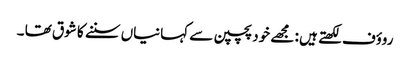
روؤف لکھتے ہیں : مجھے خود پچپن سے کہانیاں سننے کا شوق تھا ۔